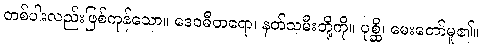
တစ်ပါးလည်းဖြစ်ကုန်သော။ ဒေဝဓီတရော၊ နတ်သမီးတို့ကို။ ပုစ္ဆိ၊ မေးတော်မူ၏။